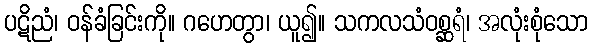
ပဋိညံ၊ ဝန်ခံခြင်းကို။ ဂဟေတွာ၊ ယူ၍။ သကလသံဝစ္ဆရံ၊ အလုံးစုံသော